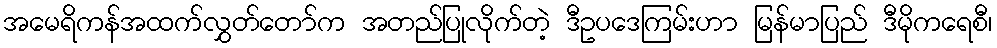
အမေရိကန်အထက်လွှတ်တော်က အတည်ပြုလိုက်တဲ့ ဒီဥပဒေကြမ်းဟာ မြန်မာပြည် ဒီမိုကရေစီ၊